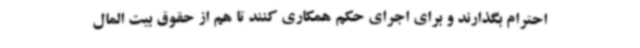
احترام بگذارند و برای اجرای حکم همکاری کنند تا هم از حقوق بیت المال